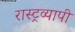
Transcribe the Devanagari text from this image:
रास्ट्रव्यापी